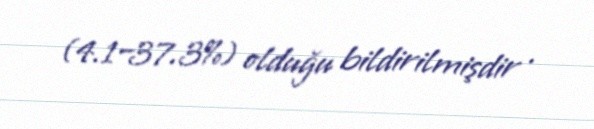
(4.1–37.3%) olduğu bildirilmişdir .